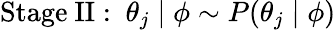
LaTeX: {\mathrm{Stage~II:~}}\theta_{j}\mid\phi\sim P(\theta_{j}\mid\phi)